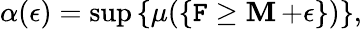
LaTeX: \alpha(\epsilon)=\operatorname*{sup}\left\{ \mu(\{ \mathtt{F}\geq\mathop{\mathbf{M}}+\epsilon\} )\right\} ,